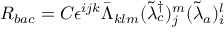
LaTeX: R _ { b a c } = { \cal C } \epsilon ^ { i j k } \bar { \Lambda } _ { k l m } ( \tilde { \lambda } _ { c } ^ { \dagger } ) _ { j } ^ { m } ( \tilde { \lambda } _ { a } ) _ { i } ^ { l }